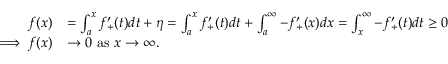
\begin{array} { r l } { f ( x ) } & { = \int _ { a } ^ { x } f _ { + } ^ { \prime } ( t ) d t + \eta = \int _ { a } ^ { x } f _ { + } ^ { \prime } ( t ) d t + \int _ { a } ^ { \infty } - f _ { + } ^ { \prime } ( x ) d x = \int _ { x } ^ { \infty } - f _ { + } ^ { \prime } ( t ) d t \geq 0 } \\ { \implies f ( x ) } & { \rightarrow 0 \ \mathrm { a s } \ x \rightarrow \infty . } \end{array}